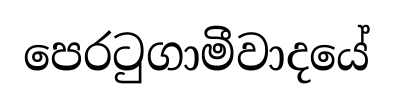
පෙරටුගාමීවාදයේ